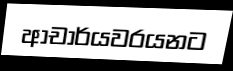
ආචාර්යවරයනට